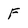
Character: F